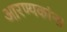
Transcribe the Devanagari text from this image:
आरण्यकांना